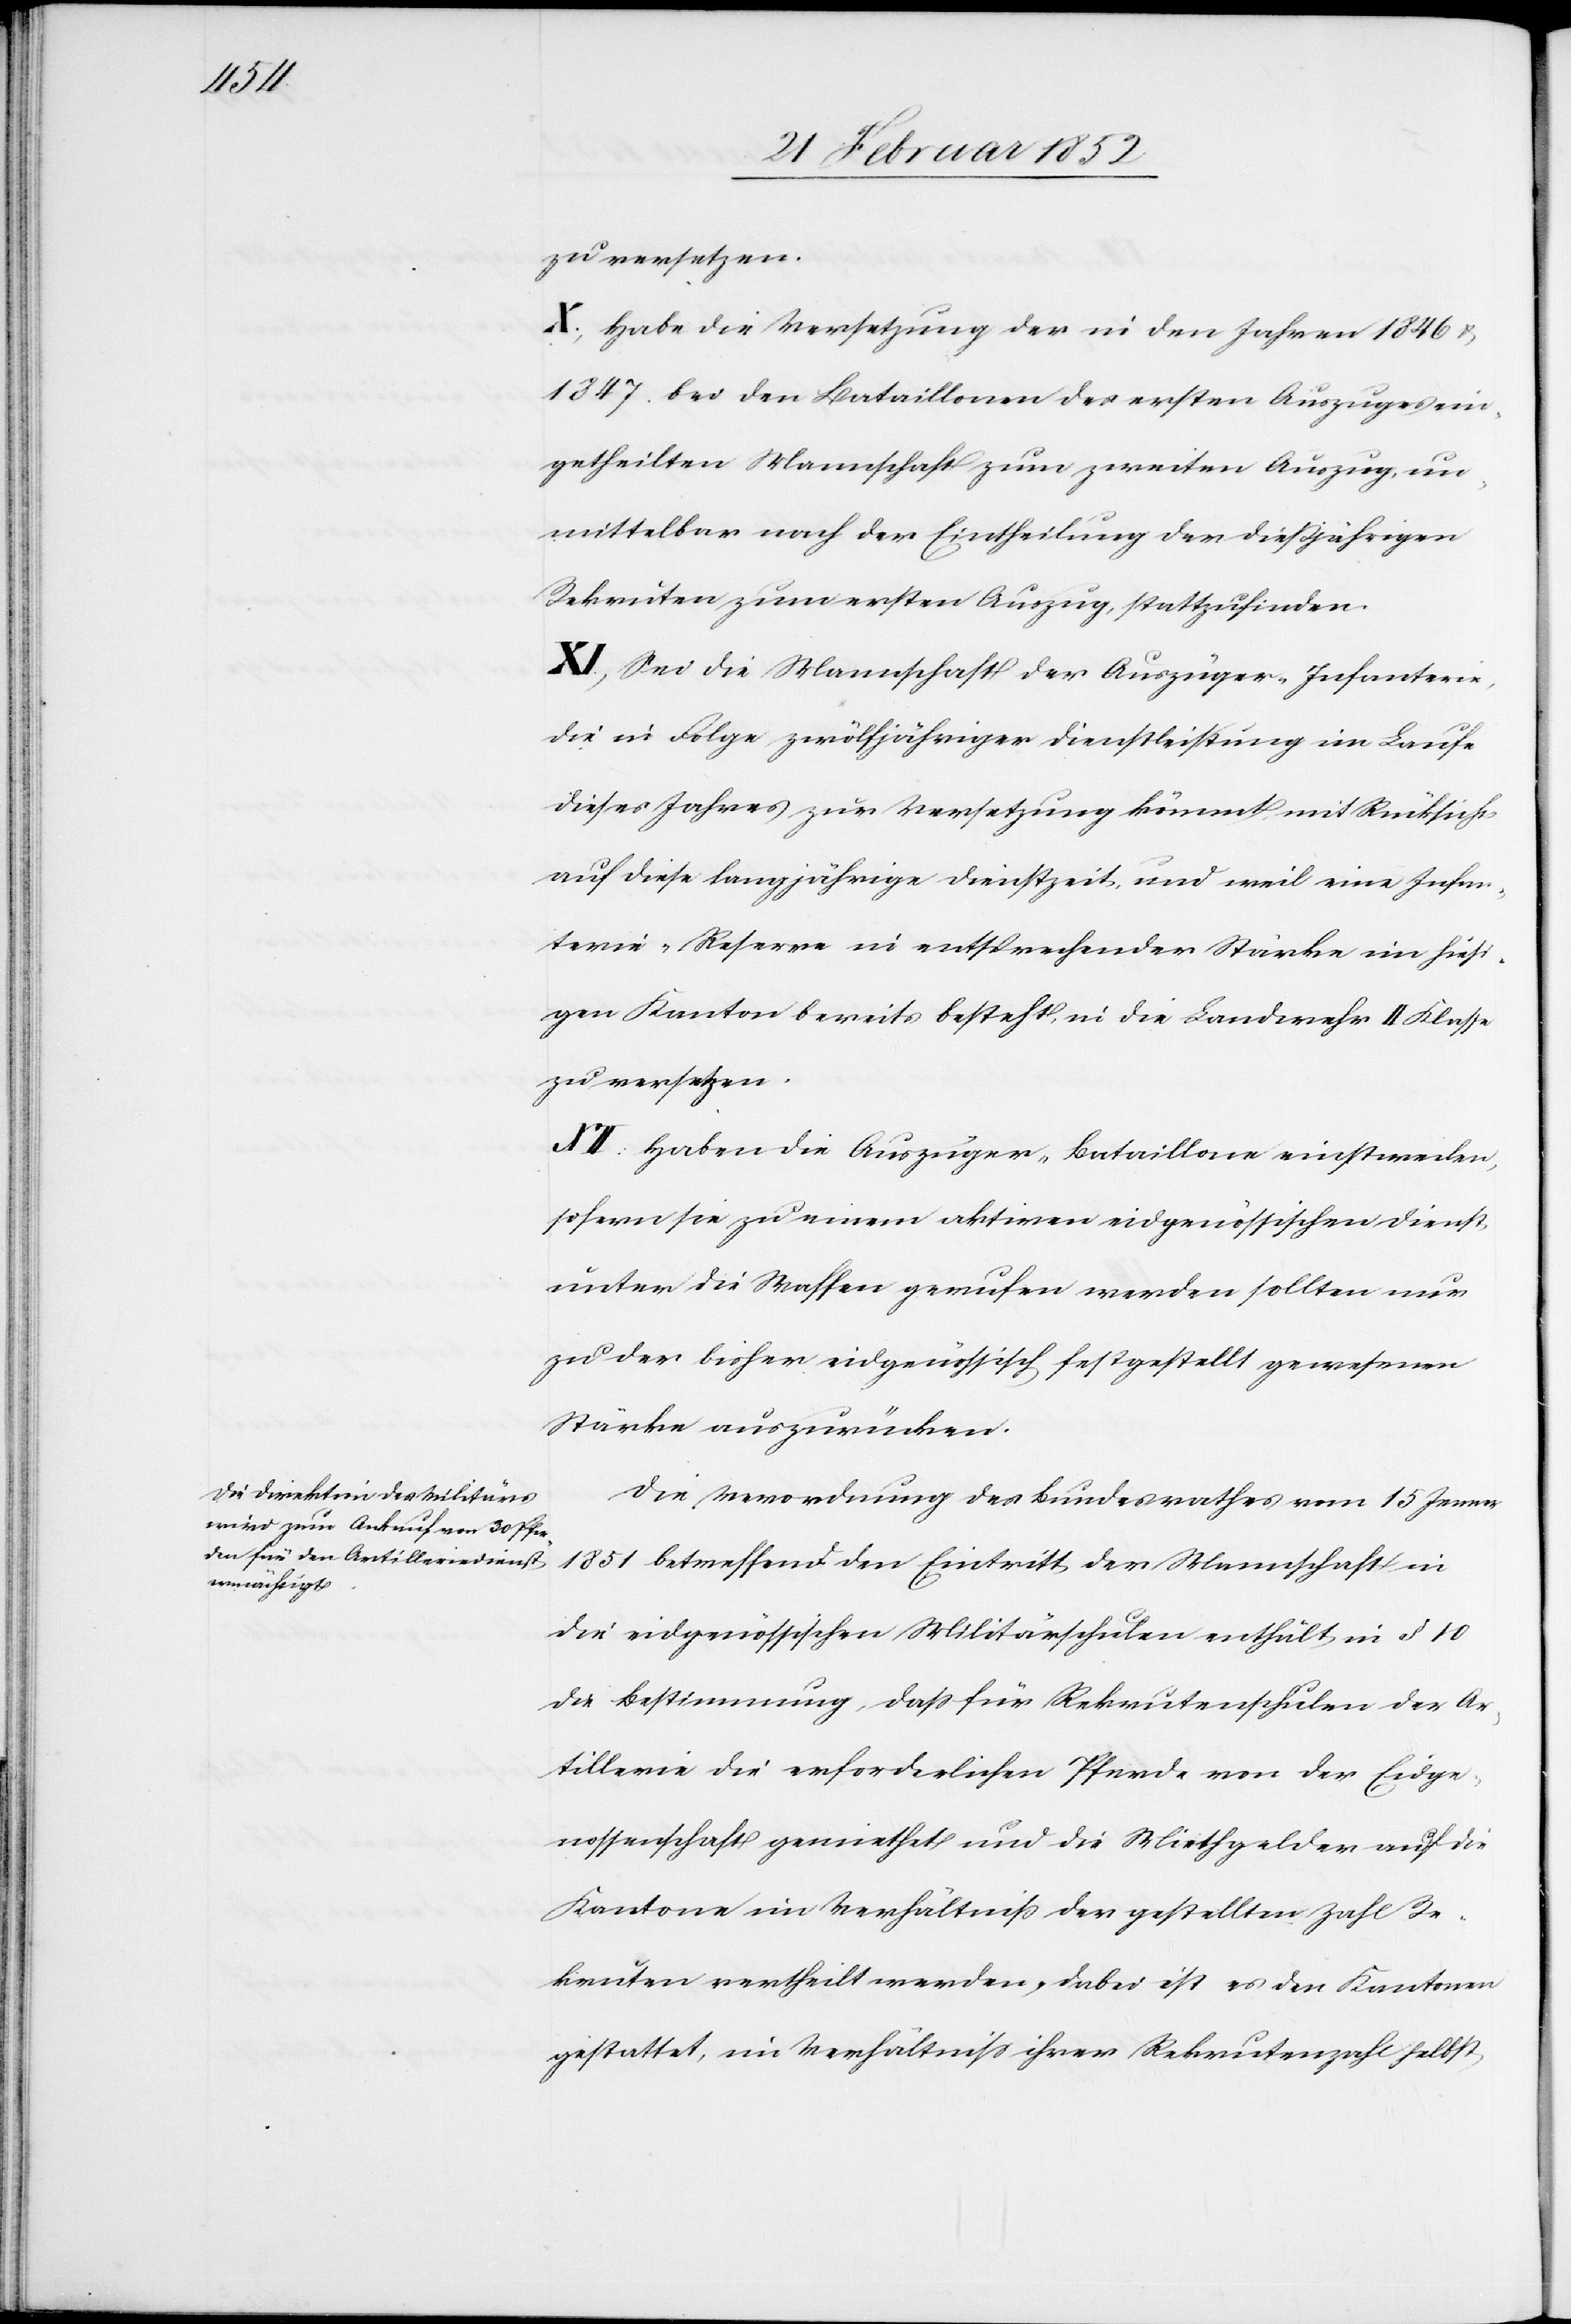
zu versetzen.
X.) Habe die Versetzung der in den Jahren 1846 u.
1847. bei den Bataillonen des ersten Auszuges ein¬
getheilten Mannschaft zum zweiten Auszug, un¬
mittelbar nach der Eintheilung der dießjährigen
Rekruten zum ersten Auszug, stattzufinden.
XI.) Sei die Mannschaft der Auszüger-Infanterie,
die in Folge zwölfjähriger Dienstleistung im Lauf
dieses Jahres zur Versetzung kömmt mit Rücksicht
auf diese langjährige Dienstzeit und weil eine Infan¬
terie-Reserve in entsprechender Stärke im hiesi¬
gen Kanton bereits besteht, in die Landwehr II Klasse
zu versetzen.
XII. Haben die Auszüger-Bataillone einstweilen,
sofern sie zu einem aktiven eidgenössischen Dienst
unter die Waffen gerufen werden sollten nur
zu der bisher eidgenössisch festgestellt gewesenen
Stärke auszurücken.
Die Verordnung des Bundesrathes vom 15 Jenner
1851 betreffend den Eintritt der Mannschaft in
die eidgenössischen Militärschulen enthält in § 10
die Bestimmung, daß für Rekrutenschulen der Ar¬
tillerie die erforderlichen Pferde von der Eidge¬
nossenschaft gerichtet und die Miethgelder auf die
Kantone im Verhältniß der gestellten Zahl Re¬
kruten vertheilt werden, dabei ist es den Kantonen
gestattet, ein Verhältniß ihrer Rekrutenzahl selbst